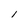
Character: 1